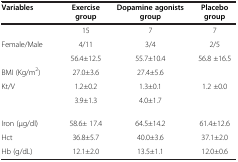
<table><thead><tr><td><b>Variables</b></td><td><b>Exercise group</b></td><td><b>Dopamine agonists group</b></td><td><b>Placebo group</b></td></tr></thead><tbody><tr><td>[EMPTY_CELL]</td><td>15</td><td>7</td><td>7</td></tr><tr><td>Female/Male</td><td>4/11</td><td>3/4</td><td>2/5</td></tr><tr><td>[EMPTY_CELL]</td><td>56.4±12.5</td><td>55.7±10.4</td><td>56.8 ±16.5</td></tr><tr><td>BMI (Kg/m<sup>2</sup>)</td><td>27.0±3.6</td><td>27.4±5.6</td><td>[EMPTY_CELL]</td></tr><tr><td>Kt/V</td><td>1.2±0.2</td><td>1.3±0.1</td><td>1.2 ±0.0</td></tr><tr><td>[EMPTY_CELL]</td><td>3.9±1.3</td><td>4.0±1.7</td><td>[EMPTY_CELL]</td></tr><tr><td>Iron (μg/dl)</td><td>58.6± 17.4</td><td>64.5±14.2</td><td>61.4±12.6</td></tr><tr><td>Hct</td><td>36.8±5.7</td><td>40.0±3.6</td><td>37.1±2.0</td></tr><tr><td>Hb (g/dL)</td><td>12.1±2.0</td><td>13.5±1.1</td><td>12.0±0.6</td></tr></tbody></table>